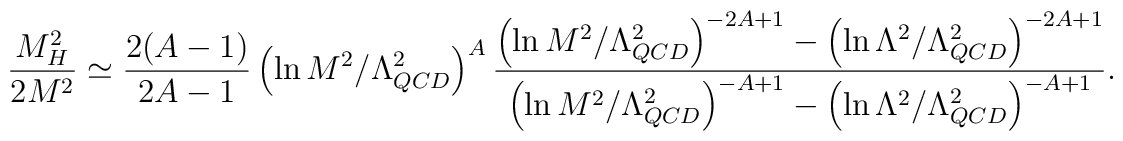
\frac{M_H^2}{2M^2} \simeq \frac{2(A-1)}{2A-1}                   \left( \ln M^2/\Lambda_{QCD}^2\right)^{A}                   \frac{\left( \ln M^2/\Lambda_{QCD}^2\right)^{-2A+1}-                          \left( \ln \Lambda^2/\Lambda_{QCD}^2\right)^{-2A+1}}                        {\left( \ln M^2/\Lambda_{QCD}^2\right)^{-A+1}-                          \left( \ln \Lambda^2/\Lambda_{QCD}^2\right)^{-A+1}}.